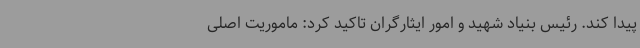
پیدا کند. رئیس بنیاد شهید و امور ایثارگران تاکید کرد: ماموریت اصلی